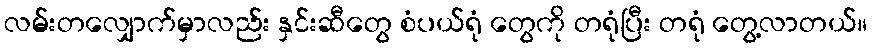
လမ်းတလျှောက်မှာလည်း နှင်းဆီတွေ စံပယ်ရုံ တွေကို တရုံပြီး တရုံ တွေ့လာတယ်။